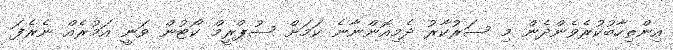
އިންތިހާބުކުރެވެންދެން މި ސަރުކާރު ދެމިއޮންނާނެ ކަމަށް ސުޕްރީމް ކޯޓުން ވަނީ އަމުރެއް ނެރެފަ